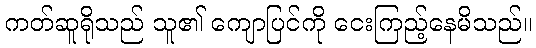
ကတ်ဆူရိုသည် သူ၏ ကျောပြင်ကို ငေးကြည့်နေမိသည်။